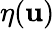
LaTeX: \eta(\mathbf{u})